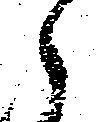
郎